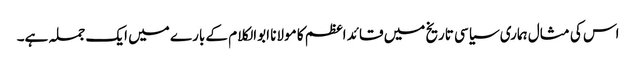
اس کی مثال ہماری سیاسی تاریخ میں قائد اعظم کا مولانا ابوالکلام کے بارے میں ایک جملہ ہے۔